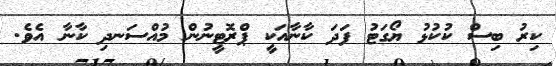
ކިރު ބިސް ކުކުޅު ޔޯގަޓު ފަދަ ކާނާއަކީ ޕްރޮޓީނުން މުއްސަނދި ކާނާ އެވެ.